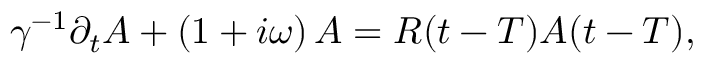
\gamma ^ { - 1 } \partial _ { t } A + \left( 1 + i \omega \right) A = R { ( t - T ) } A { ( t - T ) } ,